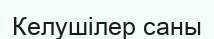
Келушілер саны